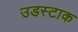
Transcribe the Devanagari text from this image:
उडस्टाक